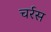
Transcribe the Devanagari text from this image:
चर्रस